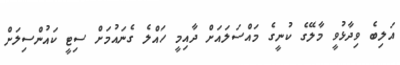
އަލިބެ ވިދާޅުވީ މާލޭގެ ކުނީގެ މައްސަލައަށް ދާއިމީ ހައްލެ ގެނައުމަށް ސިޓީ ކައުންސިލަށް